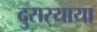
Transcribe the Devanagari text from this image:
दुसर्‍याया